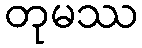
တုမဿ